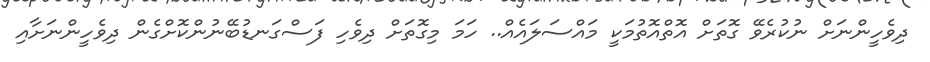
ދިވެހީންނަށް ނުކުރެވޭ ގޮތަށް އޮތްއޮތުމަކީ މައްސަލައެއް.. ހަމަ މިގޮތަށް ދިވެހި ފަސްގަނޑުބޭނުންކޮށްގެން ދިވެހީންނަށާއި